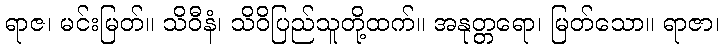
ရာဇ၊ မင်းမြတ်။ သိဝီနံ၊ သိဝိပြည်သူတို့ထက်။ အနုတ္တရော၊ မြတ်သော။ ရာဇာ၊